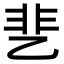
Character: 㐟